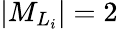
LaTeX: \vert{M}_{{L}_{i}}\vert=2